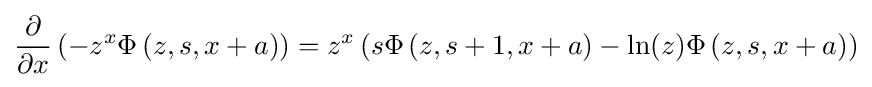
{\frac {\partial }{\partial x}}\left(-z^{x}\Phi \left(z,s,x+a\right)\right)=z^{x}\left(s\Phi \left(z,s+1,x+a\right)-\ln(z)\Phi \left(z,s,x+a\right)\right)